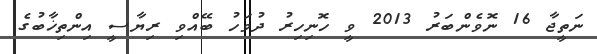
ނަތީޖާ 16 ނޮވެންބަރު 2013 ވީ ހޮނިހިރު ދުވަހު ބޭއްވި ރިޔާސީ އިންތިޚާބުގެ